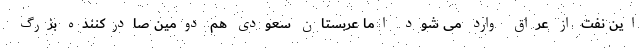
این نفت از عراق وارد می شود اما عربستان سعودی هم دومین صادرکننده بزرگ